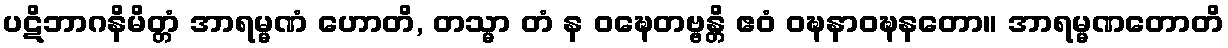
ပဋိဘာဂနိမိတ္တံ အာရမ္မဏံ ဟောတိ, တသ္မာ တံ န ဝဍ္ဎေတဗ္ဗန္တိ ဧဝံ ဝဍ္ဎနာဝဍ္ဎနတော။ အာရမ္မဏတောတိ